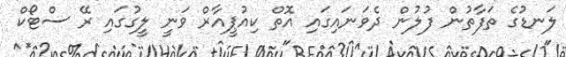
ލަނޑުގެ ތަފާތުން ފުލުން ދެވަނައިގައި އޮތް ކިއުޕީއާރް ވަނީ ލީގުގައި ރޭ ސްޓޯކް